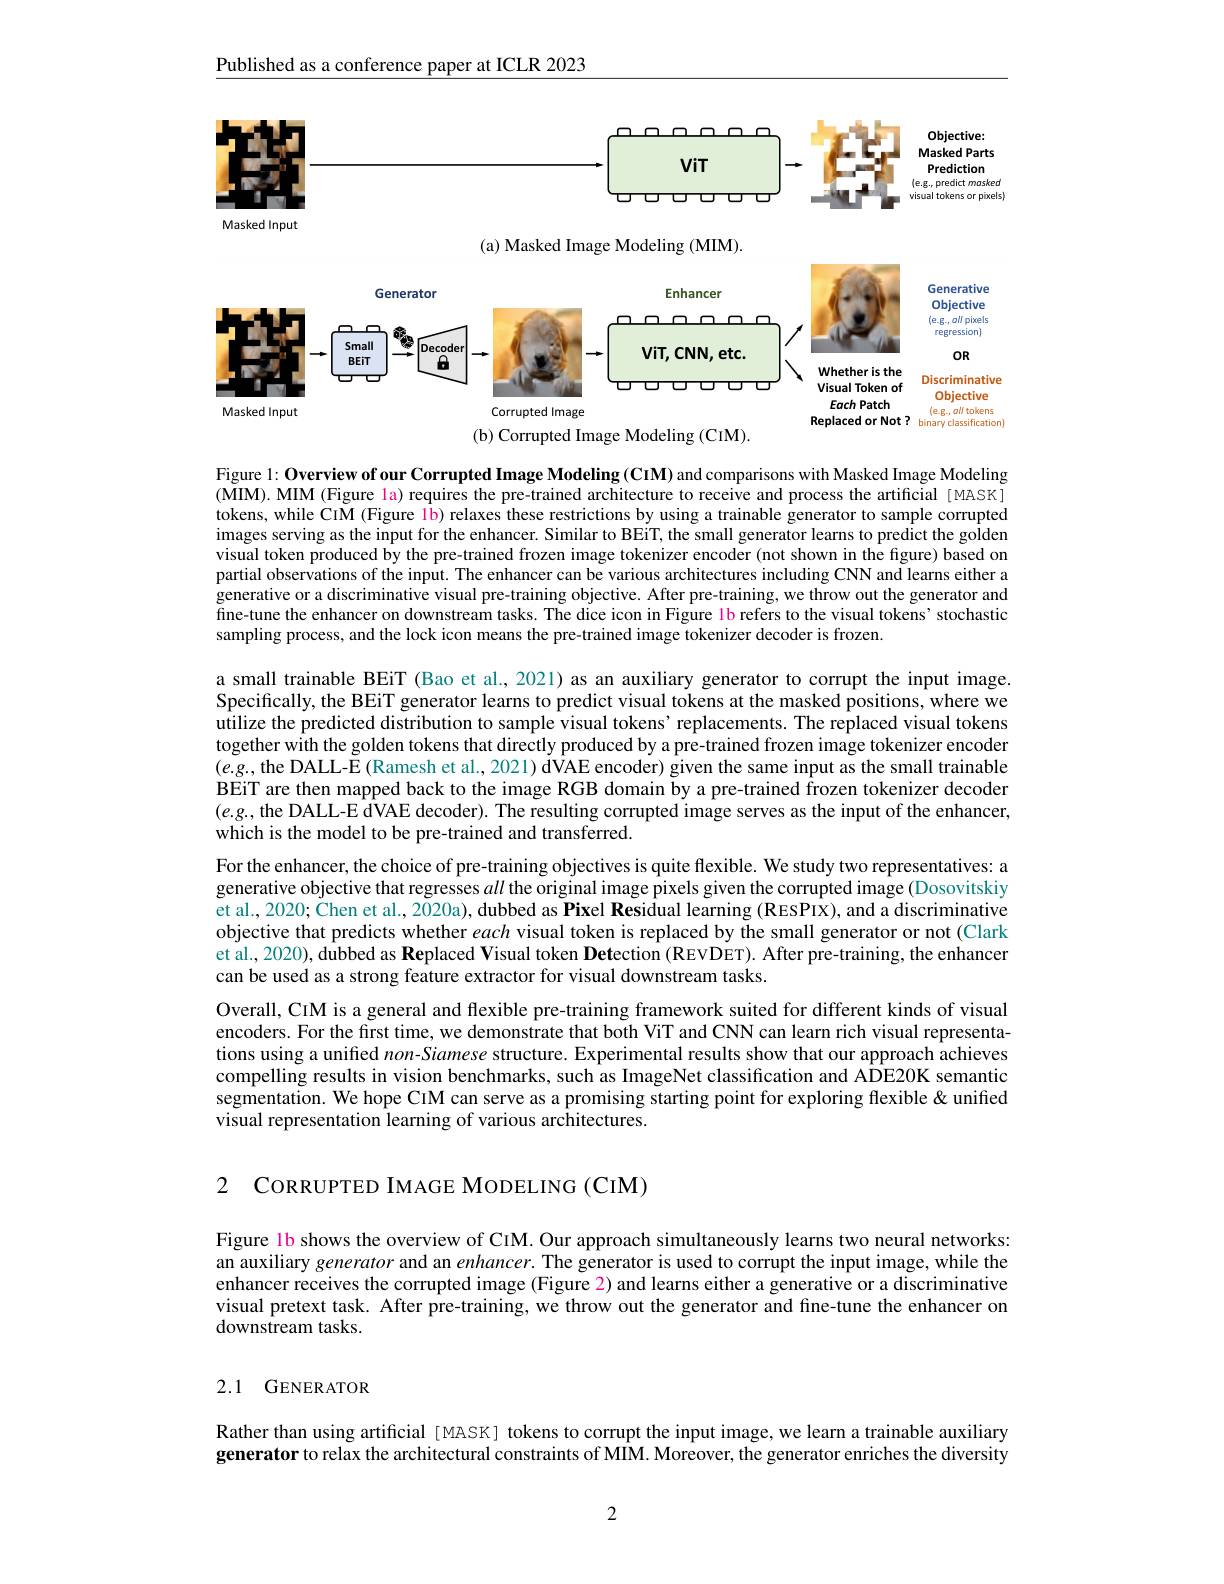
Published as a conference paper at ICLR 2023

<FigureHere>

(b) Corrupted Image Modeling (CIM).

Figure 1: Overview of our Corrupted Image Modeling (CIM) and comparisons with Masked Image Modeling (MIM). MIM (Figure la) requires the pre-trained architecture to receive and process the artificial[MASK] tokens, while CiM (Figure 1b) relaxes these restrictions by using a trainable generator to sample corrupted images serving as the input for the enhancer. Similar to BEiT, the small generator learns to predict the golden visual token produced by the pre-trained frozen image tokenizer encoder (not shown in the figure) based on partial observations of the input. The enhancer can be various architectures including CNN and learns either a generative or a discriminative visual pre-training objective. After pre-training, we throw out the generator and fine-tune the enhancer on downstream tasks. The dice icon in Figure 1b refers to the visual tokens' stochastic sampling process, and the lock icon means the pre-trained image tokenizer decoder is frozen.

a small trainable BEiT (Bao et al., 2021) as an auxiliary generator to corrupt the input image. Specifically, the BEiT generator learns to predict visual tokens at the masked positions, where we utilize the predicted distribution to sample visual tokens' replacements. The replaced visual tokens together with the golden tokens that directly produced by a pre-trained frozen image tokenizer encoder $(e.g.$, the DALL-E (Ramesh et al., 2021) dVAE encoder) given the same input as the small trainable BEiT are then mapped back to the image RGB domain by a pre-trained frozen tokenizer decoder $(e.g.$, the DALL-E dVAE decoder). The resulting corrupted image serves as the input of the enhancer, which is the model to be pre-trained and transferred.
For the enhancer, the choice of pre-training objectives is quite flexible. We study two representatives: a generative objective that regresses all the original image pixels given the corrupted image (Dosovitskiy et al., 2020; Chen et al., 2020a), dubbed as Pixel Residual learning (RESPIX), and a discriminative objective that predicts whether each visual token is replaced by the small generator or not (Clark et al., 2020), dubbed as Replaced Visual token Detection (REVDET). After pre-training, the enhancer can be used as a strong feature extractor for visual downstream tasks.
Overall, CIM is a general and flexible pre-training framework suited for different kinds of visual encoders. For the first time, we demonstrate that both ViT and CNN can learn rich visual representations using a unified $non-Siamese$ structure. Experimental results show that our approach achieves compelling results in vision benchmarks, such as ImageNet classification and AÎDE20K semantic segmentation. We hope CIM can serve as a promising starting point for exploring flexible &unified visual representation learning of various architectures.

2

CORRUPTED IMAGE MODELING (CIM)

Figure lb shows the overview of CIM. Our approach simultaneously learns two neural networks: an auxiliary generator and an enhancer. The generator is used to corrupt the input image, while the enhancer receives the corrupted image (Figure 2) and learns either a generative or a discriminative visual pretext task. After pre-training, we throw out the generator and fine-tune the enhancer on downstream tasks.

# 2.1 GENERATOR

Rather than using artificial [MASK] tokens to corrupt the input image, we learn a trainable auxiliary generator to relax the architectural constraints of MIM. Moreover, the generator enriches the diversity

2